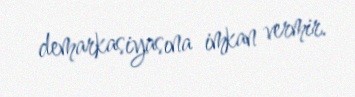
demarkasiyasına imkan vermir.